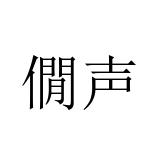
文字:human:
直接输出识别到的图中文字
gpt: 僩声